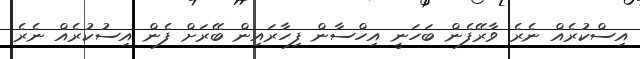
އިސްކުރެއް ނެރެ ވާރޭފެން ބަހަނީ އިހްސާން ފިހާރައިން ބޭރަށް ފެން އިސުކުރެއް ނެރެ